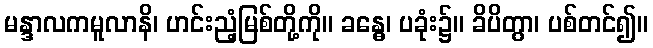
မန္ဒာလကမူလာနိ၊ ဟင်းညံ့မြစ်တို့ကို။ ခန္ဓေ၊ ပခုံး၌။ ခိပိတွာ၊ ပစ်တင်၍။